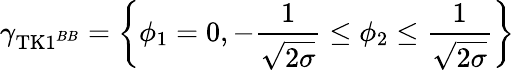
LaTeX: \gamma_{\mathrm{TK1}^{BB}}=\left\{ \phi_{1}=0,-\frac{1}{\sqrt{2\sigma}}\leq\phi_{2}\leq\frac{1}{\sqrt{2\sigma}}\right\}